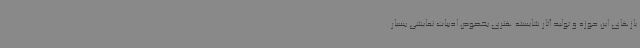
یازهای این حوزه و تولید آثار شایسته هنری بخصوص ادبیات نمایشی بسیار